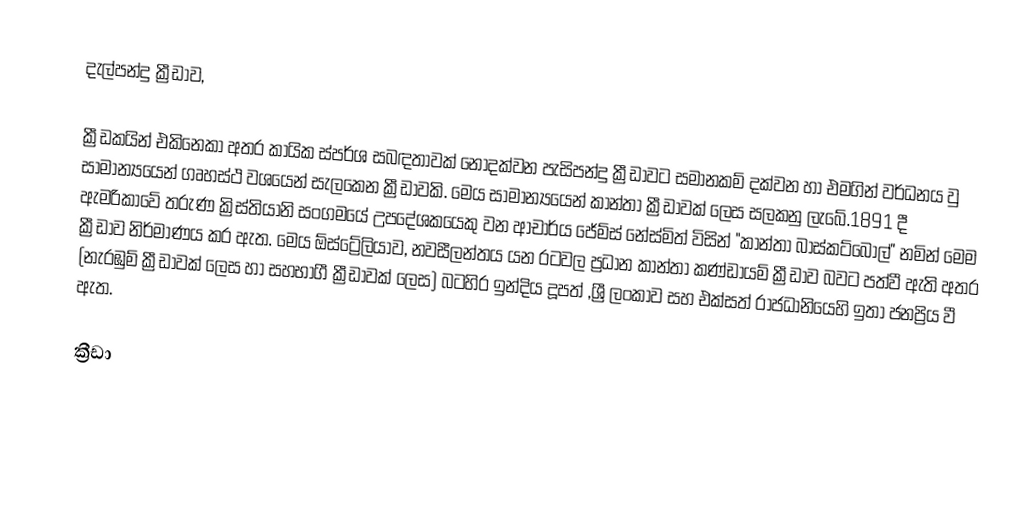
දැල්පන්දු ක්‍රීඩාව,

ක්‍රීඩකයින් එකිනෙකා අතර කායික ස්පර්ශ සබඳතාවක් නොදක්වන පැසිපන්දු ක්‍රීඩාවට සමානකම් දක්වන හා එමගින් වර්ධනය වු සාමාන්‍යයෙන් ගෘහස්ථ වශයෙන් සැලකෙන ක්‍රීඩාවකි. මෙය සාමාන්‍යයෙන් කාන්තා ක්‍රීඩාවක් ලෙස සලකනු ලැබේ.1891 දී ඇමරිකාවේ තරුණ ක්‍රිස්තියානි සංගමයේ උපදේශකයෙකු වන ආචාර්ය ජේම්ස් නේස්මිත් විසින් "කාන්තා බාස්කට්බෝල්" නමින් මෙම ක්‍රීඩාව නිර්මාණය කර ඇත.  මෙය ඕස්ට්‍රේලියාව, නවසීලන්තය යන රටවල ප්‍රධාන කාන්තා කණ්ඩායම් ක්‍රීඩාව බවට පත්වී ඇති අතර (නැරඹුම් ක්‍රීඩාවක් ලෙස හා සහභාගී ක්‍රීඩාවක් ලෙස) බටහිර ඉන්දිය දූපත් ,ශ්‍රී ලංකාව සහ එක්සත් රාජධානියෙහි ඉතා ජනප්‍රිය වී ඇත.

ක්‍රීඩා